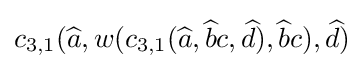
c_{3,1}({\widehat {a}},w(c_{3,1}({\widehat {a}},{\widehat {b}}c,{\widehat {d}}),{\widehat {b}}c),{\widehat {d}})